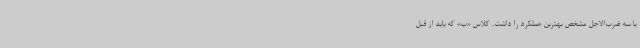
با سه ضرب‌الاجل مشخص بهترین عملکرد را داشت. کلاس «ب» که باید از قبل